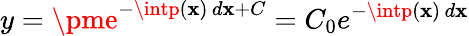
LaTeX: y=\pme^{-\intp(\mathbf{x})\, d\mathbf{x}+C}=C_{0}e^{-\intp(\mathbf{x})\, d\mathbf{x}}